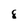
Character: 8